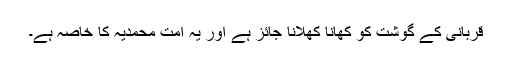
قربانی کے گوشت کو کھانا کھلانا جائز ہے اور یہ امت محمدیہ کا خاصہ ہے۔